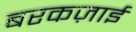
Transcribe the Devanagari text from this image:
बरकज़ाई